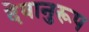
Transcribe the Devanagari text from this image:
देवानुरूप